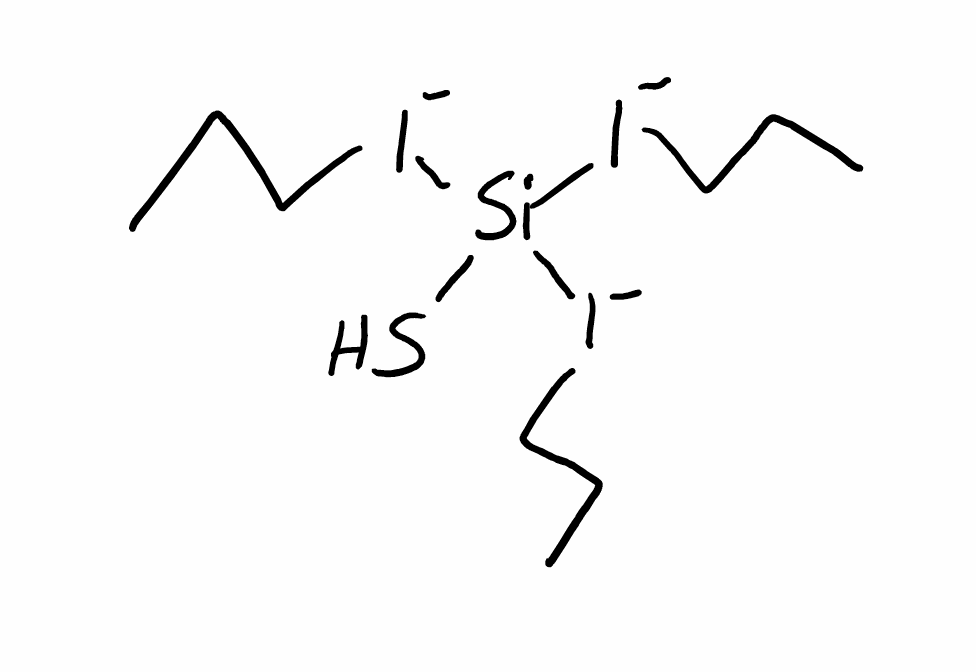
Simplified molecular-input line-entry system (SMILES) notation of the given molecule:
CCC[I-][Si](S)([I-]CCC)[I-]CCC